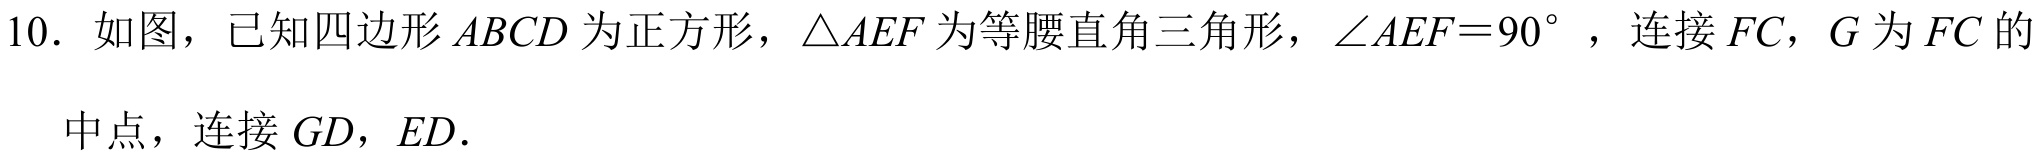
10. 如图，已知四边形\(ABCD\)为正方形，\(\triangle AEF\)为等腰直角三角形，\(\angle AEF = 90^{\circ}\)，连接\(FC\)，\(G\)为\(FC\)的
中点，连接\(GD\)，\(ED\)．